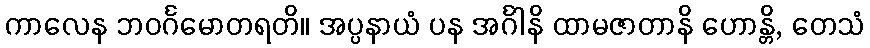
ကာလေန ဘဝင်္ဂမောတရတိ။ အပ္ပနာယံ ပန အင်္ဂါနိ ထာမဇာတာနိ ဟောန္တိ, တေသံ